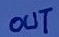
Text: OUT